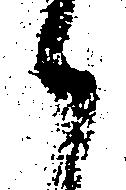
候